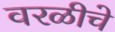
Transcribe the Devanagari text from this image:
वरळीचे